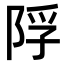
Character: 𨹴